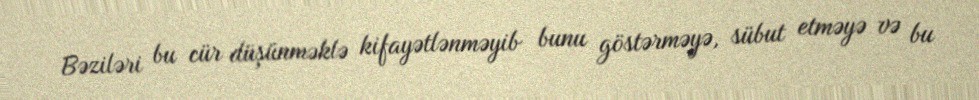
Bəziləri bu cür düşünməklə kifayətlənməyib bunu göstərməyə, sübut etməyə və bu